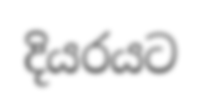
දියරයට